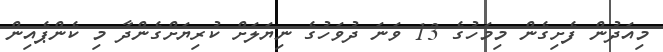
މިއަދުން ފެށިގެން މިމަހުގެ 13 ވަނަ ދުވަހުގެ ނިޔަލަށް ކުރިޔަށްގެންދާ މި ކެންޕެއިން